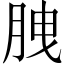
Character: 𦛈